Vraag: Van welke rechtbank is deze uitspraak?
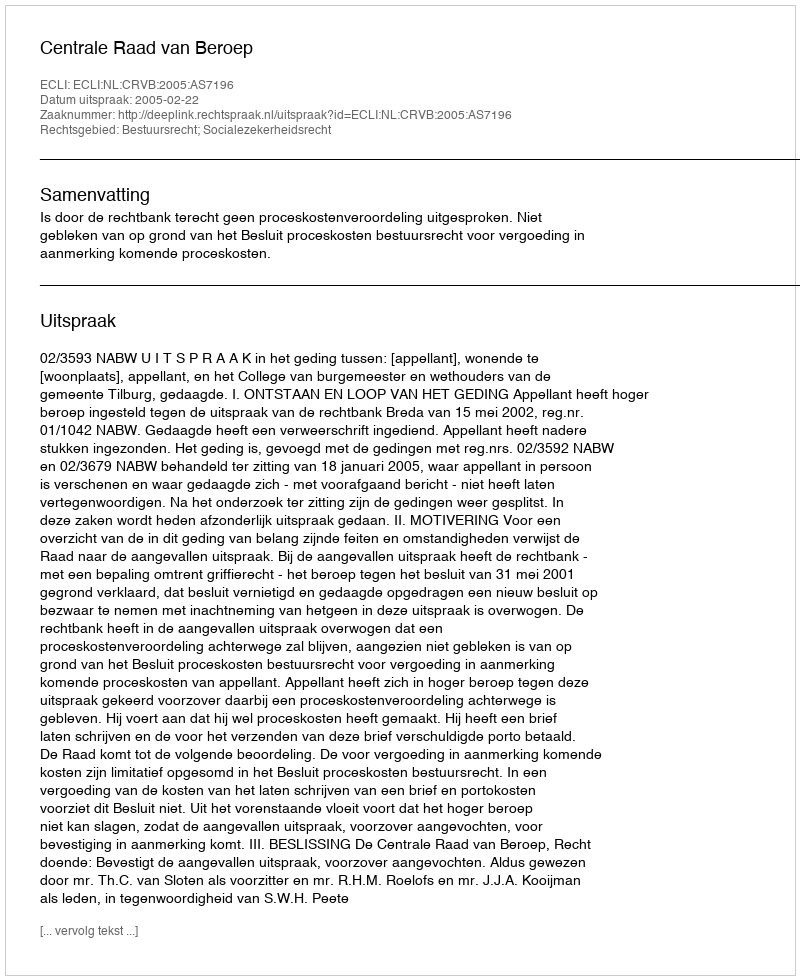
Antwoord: Centrale Raad van Beroep